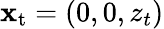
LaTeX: {\mathbf x}_{\mathrm{t}}=(0,0,z_{t})